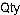
QTY